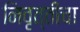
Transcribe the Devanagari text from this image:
निवृत्तीचा